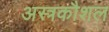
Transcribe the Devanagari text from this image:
अस्त्रकौशल